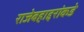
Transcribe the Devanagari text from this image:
राजेबहाद्दरांकडे